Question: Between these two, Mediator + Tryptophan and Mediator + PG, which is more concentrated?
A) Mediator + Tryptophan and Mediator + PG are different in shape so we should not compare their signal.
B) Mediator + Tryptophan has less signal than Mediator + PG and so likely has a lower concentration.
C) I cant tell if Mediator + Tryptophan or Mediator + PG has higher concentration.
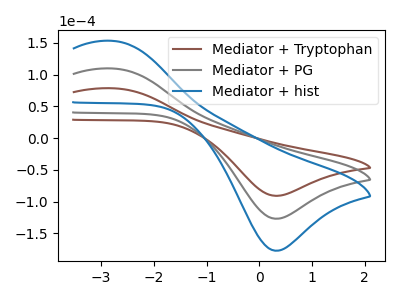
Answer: <think>The brown curve "Mediator + Tryptophan" has an anodic peak at (-2.75V, 78.55uA) and a cathodic peak at (0.30V, -91.05uA). The gray curve "Mediator + PG" has an anodic peak at (-2.75V, 109.70uA) and a cathodic peak at (0.30V, -127.20uA). The blue curve "Mediator + hist" has an anodic peak at (-2.75V, 219.40uA) and a cathodic peak at (0.30V, -254.40uA).
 All the peaks in "Mediator + Tryptophan" have a peak in "Mediator + PG" at the same potential. Every peak in "Mediator + Tryptophan" is lower than every peak in "Mediator + PG".</think>
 <answer>B) "Mediator + Tryptophan" has less signal than "Mediator + PG" and so likely has a lower concentration.</answer>
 <eval>B</eval>